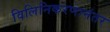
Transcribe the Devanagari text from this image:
विलिनिकरणानंतर